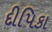
દીપિકા